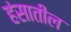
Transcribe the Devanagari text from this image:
हंसातील